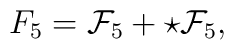
F_5 = {\cal F}_5 + \star {\cal F}_5,